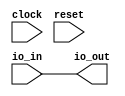
module IntegerModule( // @[:@3.2]
  input        clock, // @[:@4.4]
  input        reset, // @[:@5.4]
  input  [9:0] io_in, // @[:@6.4]
  output [9:0] io_out // @[:@6.4]
);
  wire [10:0] _T_5 = {{1{io_in[9]}},io_in}; // @[SIntTypeClass.scala 18:40:@12.4]
  assign io_out = _T_5[9:0]; // @[SIntTypeClass.scala 18:40:@14.4]
endmodule